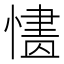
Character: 𢟸